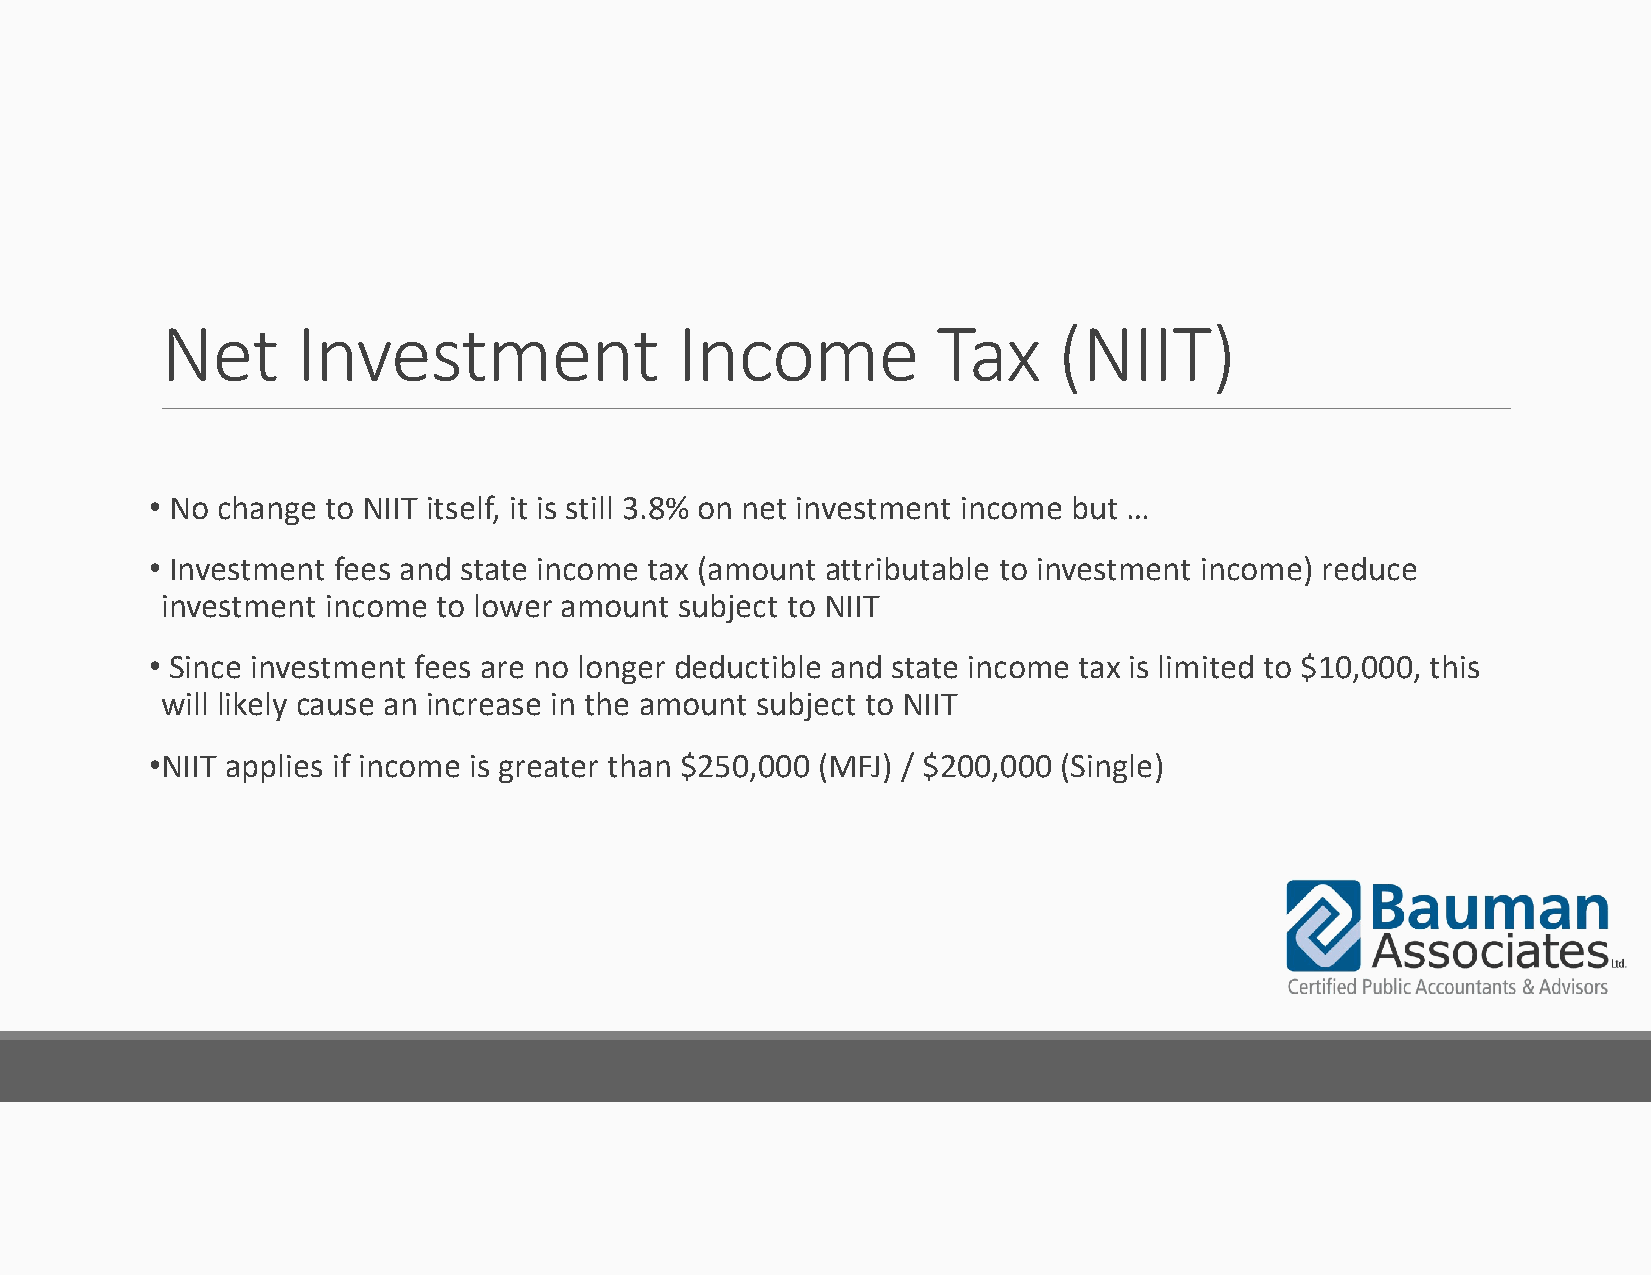
Net      Investment               Income           Tax     (NIIT)
 • No change to NIIT itself, it is still 3.8% on net investment income but …
 • Investment fees and state income tax (amount attributable to investment income) reduce
 investment income to lower amount subject to NIIT
 • Since investment fees are no longer deductible and state income tax is limited to $10,000, this
 will likely cause an increase in the amount subject to NIIT
 •NIIT applies if income is greater than $250,000 (MFJ) / $200,000 (Single)